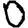
Digit: 0